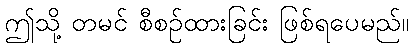
ဤသို့ တမင် စီစဉ်ထားခြင်း ဖြစ်ရပေမည်။